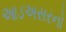
આડઅસરનો